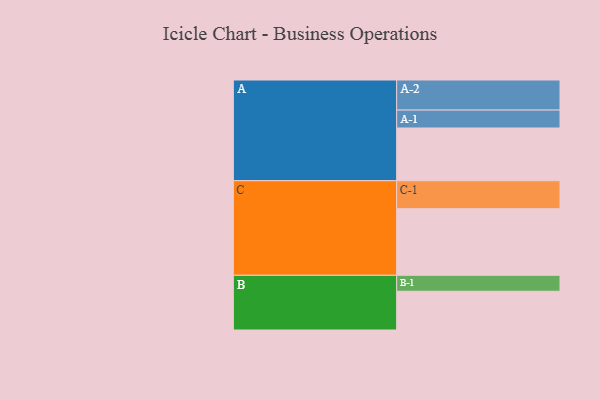
{"axis": {"x": "Segment", "y": "Value"}, "legend": ["", "A", "B", "C"], "data": [{"x": "A", "y": 456, "type": ""}, {"x": "B", "y": 335, "type": ""}, {"x": "C", "y": 576, "type": ""}, {"x": "A-1", "y": 155, "type": "A"}, {"x": "A-2", "y": 260, "type": "A"}, {"x": "B-1", "y": 138, "type": "B"}, {"x": "C-1", "y": 242, "type": "C"}]}